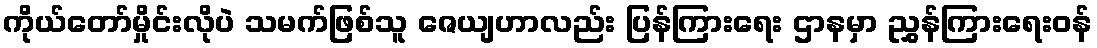
ကိုယ်တော်မှိုင်းလိုပဲ သမက်ဖြစ်သူ ဇေယျဟာလည်း ပြန်ကြားရေး ဌာနမှာ ညွှန်ကြားရေးဝန်